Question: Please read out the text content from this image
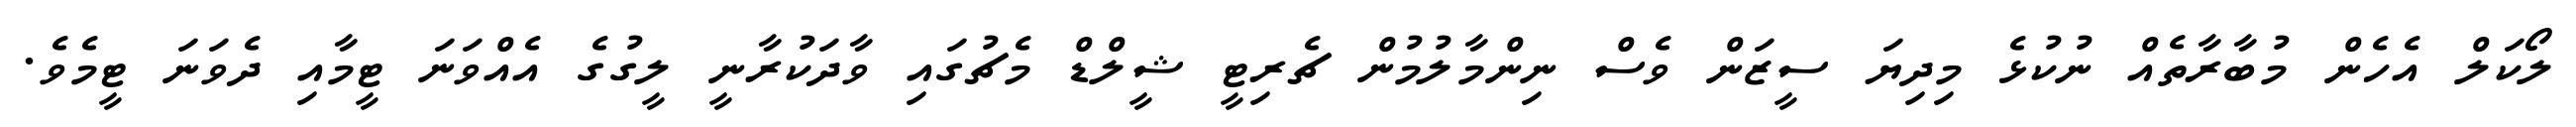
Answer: ލޯކަލް އެހެން މުބާރާތެއް ނުކުޅެ މިދިޔަ ސީޒަން ވެސް ނިންމާލުމުން ޗެރިޓީ ޝީލްޑް މެޗުގައި ވާދަކުރާނީ ލީގުގެ އެއްވަނަ ޓީމާއި ދެވަނަ ޓީމެވެ.